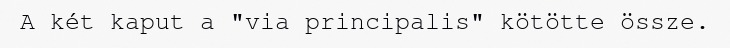
A két kaput a "via principalis" kötötte össze.